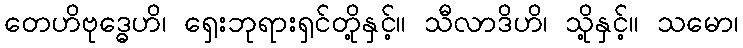
တေဟိဗုဒ္ဓေဟိ၊ ရှေးဘုရားရှင်တို့နှင့်။ သီလာဒိဟိ၊ သို့နှင့်။ သမော၊